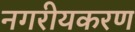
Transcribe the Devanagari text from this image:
नगरीयकरण